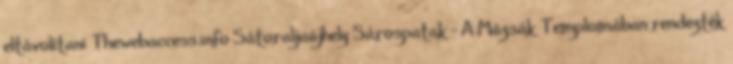
eltávolítani Thewebaccess.info Sátoraljaújhely Sárospatak - A Múzsák Templomában rendezték